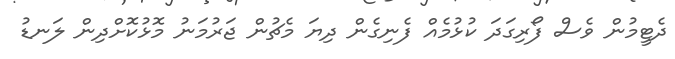
ދެޓީމުން ވެސް ފޯރިގަދަ ކުޅުމެއް ފެނިގެން ދިޔަ މެޗުން ޖަރުމަނު މޮޅުކޮށްދިން ލަނޑު